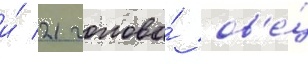
и́ 21 голова́ ов'е́ц